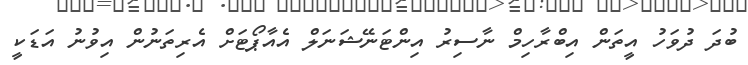
ބުދަ ދުވަހު އީތަން އިބްރާހިމް ނާސިރު އިންޓަނޭޝަނަލް އެއާޕޯޓަށް އެރިތަނުން އިވުނު އަޑަކީ